Report on vaccination North-West Frontier Province 1904-1922 - 1904-1922
Year: 1904
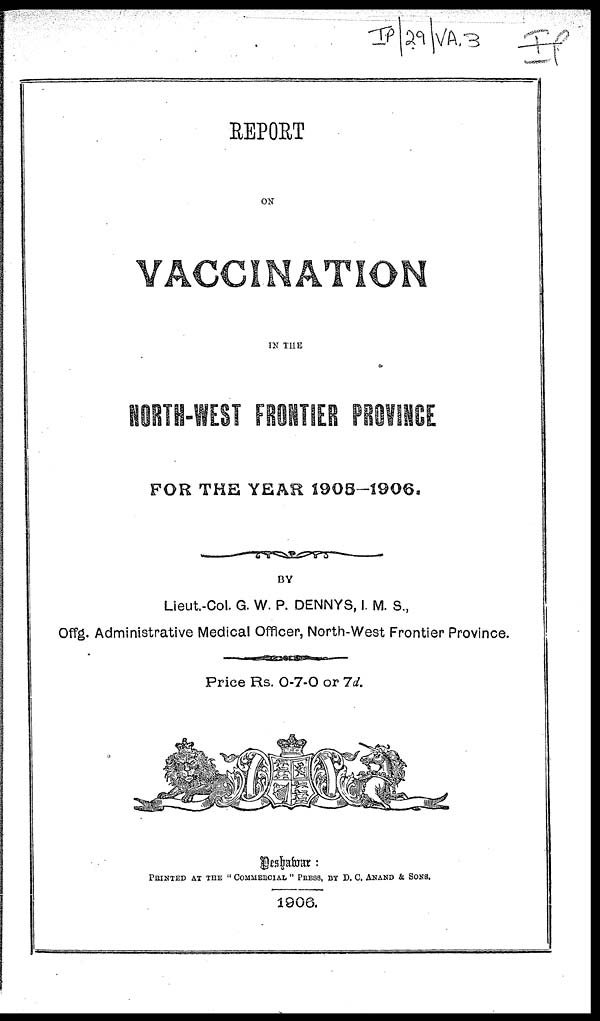
REPORT
ON
VACCINATION
IN THE
NORTH-WEST FRONTIER PROVINCE
FOR THE YEAR 1905-1906.
BY
Lieut.-Col. G. W. P. DENNYS, I. M. S.,
Offg. Administrative Medical Officer, North-West Frontier Province.
Price Rs. 0-7-0 or 7d.
Peshawar:
PRINTED AT THE " COMMERCIAL " PRESS, BY D. C. ANAND & SONS.
1906.